Lunatic asylums Bombay report 1891-1903 - 1891-1903
Year: 1891
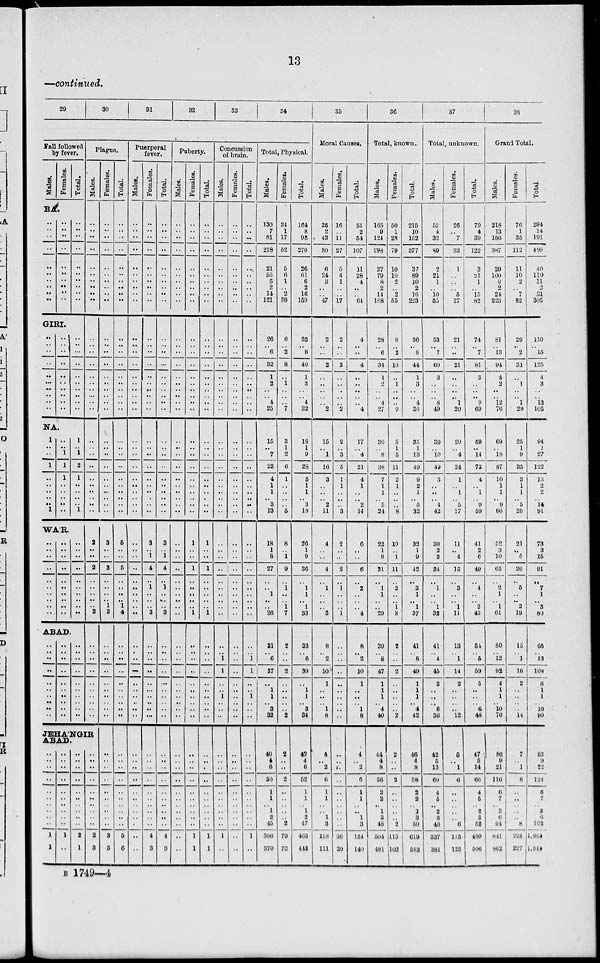
13
—continued.
29
30
31
32
33
34
Fall followed
by fever.
Males.
Females.
Total.
BA.
..
..
..
..
..
..
..
..
..
..
..
..
..
..
..
..
..
..
..
..
..
..
..
..
..
..
..
..
..
..
GIRI.
..
..
..
..
..
.. ..
..
..
..
..
..
..
..
..
..
..
..
..
..
..
..
..
..
..
..
..
..
..
..
NA.
1
..
..
1
...
..
..
.. ..
1
..
..
1
1
1
..
..
..
..
..
1
..
1
2
1
..
..
..
..
1
WA'R.
..
..
..
..
..
..
..
..
..
..
..
..
..
..
..
..
..
..
..
..
..
..
..
..
..
..
..
..
..
..
ABAD.
..
..
..
..
..
..
..
..
..
..
..
..
..
..
..
..
..
..
..
..
..
..
..
..
..
..
..
..
..
..
Plague.
Males.
..
..
..
..
..
..
..
..
..
..
..
..
..
..
..
..
..
..
..
..
..
..
..
..
..
..
..
..
..
..
2
..
..
2
..
..
..
..
.. 2
..
..
..
..
..
..
..
..
..
..
JEHA'NGIR
ABAD.
..
..
..
..
..
..
..
..
..
..
1
1
..
..
..
..
..
..
..
..
..
..
1
..
..
..
..
..
..
..
..
..
..
..
2
1
..
..
..
..
..
..
..
..
..
..
2
3
Females.
..
..
..
..
..
..
..
..
..
..
..
..
..
..
..
..
..
..
..
..
..
..
..
..
..
..
..
..
..
..
3
..
..
3
..
..
..
..
1
2
..
..
..
..
..
..
..
..
..
..
..
..
..
..
..
..
..
..
..
..
3
3
Total.
..
..
..
..
..
..
..
..
..
..
..
..
..
..
..
..
..
..
..
..
..
..
..
..
..
..
..
..
..
..
5
..
..
5
..
..
..
..
1
4
..
..
..
..
..
..
..
..
..
..
..
..
..
..
..
..
..
..
..
..
5
6
Puerperal
fever.
Males.
..
..
..
..
..
..
..
..
..
..
..
..
..
..
..
..
..
..
..
..
..
..
..
..
..
..
..
..
..
..
..
..
..
..
..
..
..
..
..
..
..
..
..
..
..
..
..
..
..
..
..
..
..
..
..
..
..
..
..
..
..
..
Females.
..
..
..
..
..
..
..
..
..
..
..
..
..
..
..
..
..
..
..
..
..
..
..
..
..
..
..
..
..
..
3
..
1
4
..
1
..
..
.. 3
..
..
..
..
..
..
..
..
..
..
..
..
..
..
..
..
..
..
..
..
4
3
Total.
..
..
..
..
..
..
..
..
..
..
..
..
..
..
..
..
..
..
..
..
..
..
..
..
..
..
..
..
..
..
3
..
1
4
..
1
..
..
.. 3
..
..
..
..
..
..
..
..
..
..
..
..
..
..
..
..
..
..
..
..
4
3
Puberty.
Males.
..
..
..
..
..
..
..
..
..
..
..
..
..
..
..
..
..
..
..
..
..
..
..
..
..
..
..
..
..
..
..
..
..
..
..
..
..
..
..
..
..
..
..
..
..
..
..
..
..
..
..
..
..
..
..
..
..
..
..
..
..
..
Females.
..
..
..
..
..
..
..
..
..
..
..
..
..
..
..
..
..
..
..
..
..
..
..
..
..
..
..
..
..
..
1
..
..
1
..
..
..
..
.. 1
..
..
..
..
..
..
..
..
..
..
..
..
..
..
..
..
..
..
..
..
1
1
Total.
..
..
..
..
..
..
..
..
..
..
..
..
..
..
..
..
..
..
..
..
..
..
..
..
..
..
..
..
..
..
1
..
..
1
..
..
..
..
.. 1
..
..
..
..
..
..
..
..
..
..
..
..
..
..
..
..
..
..
..
..
1
1
Concussion
of brain.
Males.
..
..
..
..
..
..
..
..
..
..
..
..
..
..
..
..
..
..
..
..
..
..
..
..
..
..
..
..
..
..
..
..
..
..
..
..
..
..
..
..
..
..
1
1
..
..
1
..
..
..
..
..
..
..
..
..
..
..
..
..
1
..
Females.
..
..
..
..
..
..
..
..
..
..
..
..
..
..
..
..
..
..
..
..
..
..
..
..
..
..
..
..
..
..
..
..
..
..
..
..
..
..
..
..
..
..
..
..
..
..
..
..
..
..
..
..
..
..
..
..
..
..
..
..
..
..
Total.
..
..
..
..
..
..
..
..
..
..
..
..
..
..
..
..
..
..
..
..
..
..
..
..
..
..
..
..
..
..
..
..
..
..
..
..
..
..
..
..
..
..
1
1
..
..
1
..
..
..
..
..
..
..
..
..
..
..
..
..
1
..
Total, Physical.
Males.
130
7
81
218
21
55
5
2
14
121
26
..
6
32
1
2
..
..
4
25
15
..
7
22
4
1
1
.. 3
13
18
1
8
27
..
..
1
..
.. 26
31
..
6
37
..
1
1
..
3
32
40
4
6
50
1
1
..
1
2
45
386
370
Females.
34
1
17
52
5
6
1
..
2
38
6
..
2
8
..
1
..
..
..
7
3
1
2
6
1
..
..
.. ..
5
8
..
1
9
..
1
..
..
1
7
2
..
..
2
..
..
..
..
..
2
2
..
..
2
..
..
..
..
.. 2
79
73
Total.
164
8
98
270
26
61
6
2
16
159
32
..
8
40
1
3
..
..
4
32
18
1
9
28
5
1
1
.. 3
18
26
1
9
36
..
1
1
..
1
33
33
..
6
39
..
1
1
..
3
34
42
4
6
52
1
1
..
1
2
47
465
443
35
Moral Causes.
Males.
35
2
43
80
6
24
3
..
..
47
2
..
..
2
..
.. ..
..
..
2
15
..
1
16
3
..
..
.. 2
11
4
..
..
4
..
1
..
..
.. 3
8
..
2
10
1
..
..
..
1
8
4
.. 2
6
1
1
..
..
1
3
118
111
Females.
16
..
11
27
5
4
1
..
..
17
2
..
..
2
..
.. ..
..
..
2
2
..
3
5
1
1
..
..
..
3
2
..
..
2
..
1
..
..
.. 1
..
..
..
..
..
..
..
..
..
..
..
..
..
..
..
..
..
..
..
..
36
29
Total.
51
2
54
107
11
28
4
..
..
64
4
..
..
4
..
.. ..
..
..
4
17
..
4
21
4
1
..
.. 2
14
6
..
..
6
..
2
..
..
..
4
8
..
2
10
1
..
..
..
1
8
4
.. 2
6
1
1
..
..
1
3
154
140
36
Total, known.
Males.
165
9
124
298
27
79
8
2
14
168
28
..
6
34
1
2
..
..
4
27
30
..
8
38
7
1
1
.. 5
24
22
1
8
31
..
1
1
..
..
29
39
..
8
47
1
1
1
..
4
40
44
4
8
56
2
2
..
1
3
48
504
481
Females.
50
1
28
79
10
10
2
..
2
55
8
..
2
10
..
1
..
..
..
9
5
1
5
11
2
1
..
.. ..
8
10
..
1
11
..
2
..
..
1
8
2
..
..
2
..
..
..
..
..
2
2
..
..
2
..
..
..
..
..
2
115
102
Total.
215
10
152
377
37
89
10
2
16
223
36
.. 8
44
1
3
..
..
4
36
35
1
13
49
9
2
1
.. 5
32
32
1
9
42
..
3
1
..
1
37
41
..
8
49
1
1
1
..
4
42
46
4
8
58
2
2
..
1
3
50
619
583
37
Total, unknown.
Males.
53
4
32
89
2
21
1
..
10
55
53
.. 7
60
3
..
..
..
8
49
39
..
10
49
3
..
..
.. 4
42
30
2
2
34
..
1
..
..
1
32
41
..
4
45
3
..
..
..
6
36
42
5
13
60
4
5
..
2
3
46
337
381
Females.
26
..
7
33
1
..
..
..
5
27
21
..
..
21
..
.. ..
..
1
20
20
..
4
24
1
..
1
.. 5
17
11
..
4
15
..
3
..
..
1
11
13
..
1
14
2
..
..
..
..
12
5
..
1
6
..
..
..
..
..
6
113
125
Total.
79
4
39
122
3
21
1
..
15
82
74
..
7
81
3
.. ..
..
9
69
59
..
14
73
4
..
1
.. 9
59
41
2
6
49
..
4
..
..
2
43
54
..
5
59
5
..
..
..
6
48
47
5
14
66
4
5
..
2
3
52
450
506
38
Grand Total.
Males.
218
13
156
387
29
100
9
2
24
223
81
..
13
94
4
2
..
..
12
76
69
..
18
87
10
1
1
.. 9
66
52
3
10
65
..
2
1
..
1
61
80
..
12
92
4
1
1
..
10
76
86
9
21
116
6
7
..
3
6
94
841
862
Females.
76
1
35
112
11
10
2
..
7
82
29
.. 2
31
..
1
..
..
1
29
25
1
9
35
3
1
1
.. 5
25
21
..
5
26
..
5
..
..
2
19
15
..
1
16
2
..
..
..
..
14
7
..
1
8
..
..
..
..
..
8
228
227
Total.
294
14
191
499
40
110
11
2
31
305
110
..
15
125
4
3
..
..
13
105
94
1
27
122
13
2
2
.. 14
91
73
3
15
91
..
7
1
..
3
80
95
..
13
108
6
1
1
..
10
90
93
9
22
124
6
7
..
3
6
102
1,069
1,089
B 1749—4